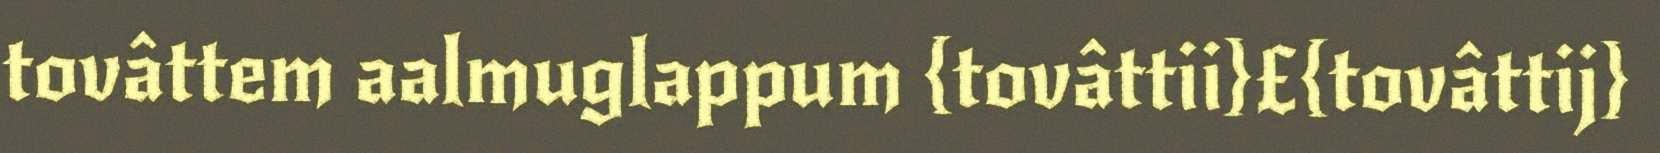
tovâttem aalmuglappum {tovâttii}£{tovâttij}